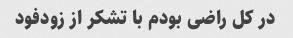
در کل راضی بودم با تشکر از زودفود